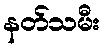
နတ်သမီး